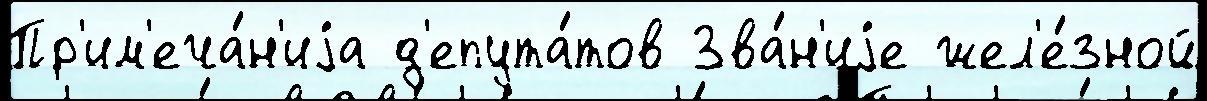
Пр'им'еча́н'иjа д'епута́тов Зва́н'иjе жел'е́зной